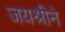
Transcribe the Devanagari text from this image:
जयश्रीने